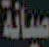
صيانة